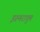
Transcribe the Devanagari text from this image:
इरुमरापुम